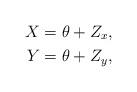
LaTeX: \begin{align*}X&=\theta +Z_x, \\Y&=\theta +Z_y, \end{align*}